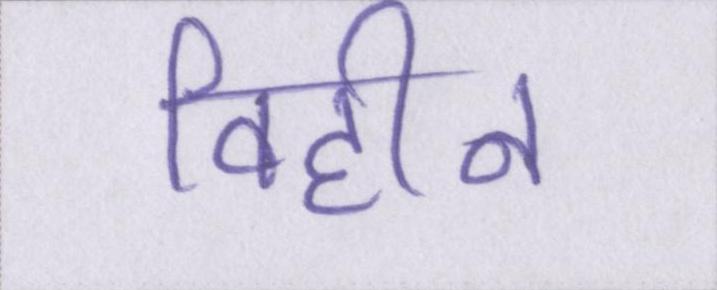
विहीन